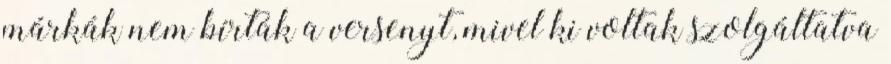
márkák nem bírták a versenyt, mivel ki voltak szolgáltatva